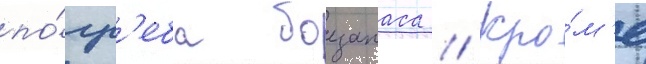
по́гр'еба боезапаса // Кро́м'е